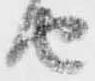
由